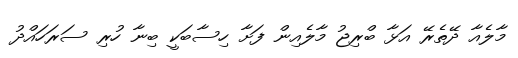
މާލެއާ ދޭތެރޭ އަޅާ ބްރިޖު މާލެއިން ފަށާ ހިސާބަކީ ބިނާ ހުރި ސަރަހައްދު